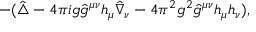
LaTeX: - ( \hat { \triangle } - { 4 \pi i } g \hat { g } ^ { \mu \nu } h _ { \mu } \hat { \nabla } _ { \nu } - { 4 \pi ^ { 2 } } g ^ { 2 } \hat { g } ^ { \mu \nu } h _ { \mu } h _ { \nu } ) ,